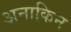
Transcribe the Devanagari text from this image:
अनाकिन